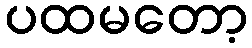
ပထမတော့